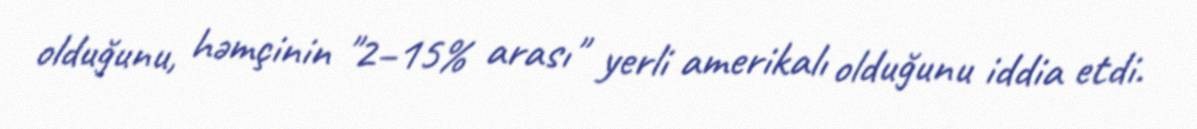
olduğunu, həmçinin "2–15% arası" yerli amerikalı olduğunu iddia etdi.